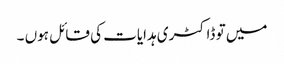
میں تو ڈاکٹری ہدایات کی قائل ہوں ۔